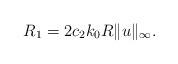
LaTeX: \begin{align*}R_1=2c_2k_0R\|u\|_\infty.\end{align*}